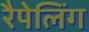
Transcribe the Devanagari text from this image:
रैपेलिंग